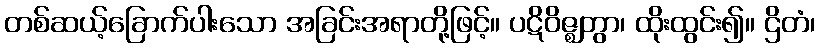
တစ်ဆယ့်ခြောက်ပါးသော အခြင်းအရာတို့ဖြင့်။ ပဋိဝိဇ္ဈတွာ၊ ထိုးထွင်း၍။ ဌိတံ၊